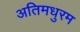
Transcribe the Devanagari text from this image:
अतिमधुरम